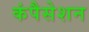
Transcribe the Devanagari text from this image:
कंपैसेशन